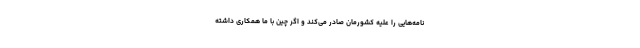
نامه‌هایی را علیه کشورمان صادر می‌کند و اگر چین با ما همکاری داشته